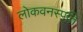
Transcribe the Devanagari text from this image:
लोकवनस्पति